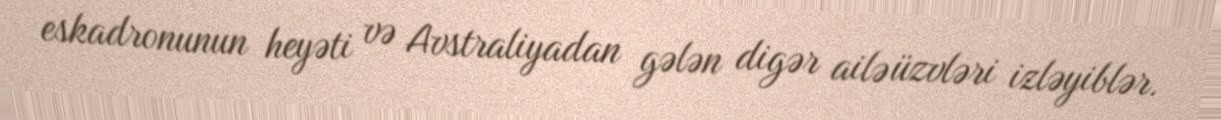
eskadronunun heyəti və Avstraliyadan gələn digər ailə üzvləri izləyiblər.